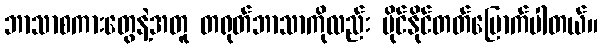
ဘာသာစကားတွေနဲ့အတူ တရုတ်ဘာသာကိုလည်း ပိုင်နိုင်တတ်မြောက်ပါတယ်။